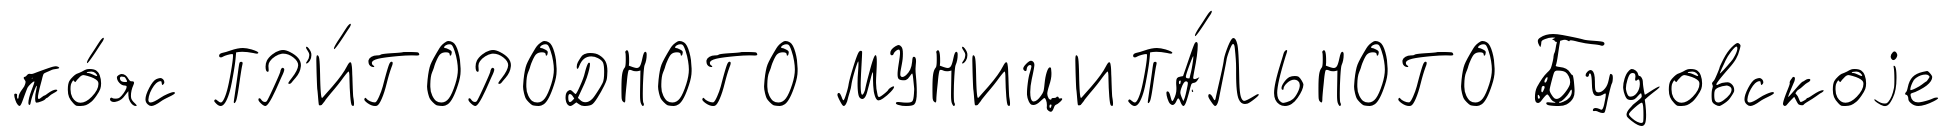
по́яс ПР'И́ГОРОДНОГО МУН'ИЦИПА́ЛЬНОГО Будовскоjе